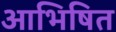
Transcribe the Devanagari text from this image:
आभिषित